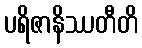
ပရိဇာနိဿတီတိ